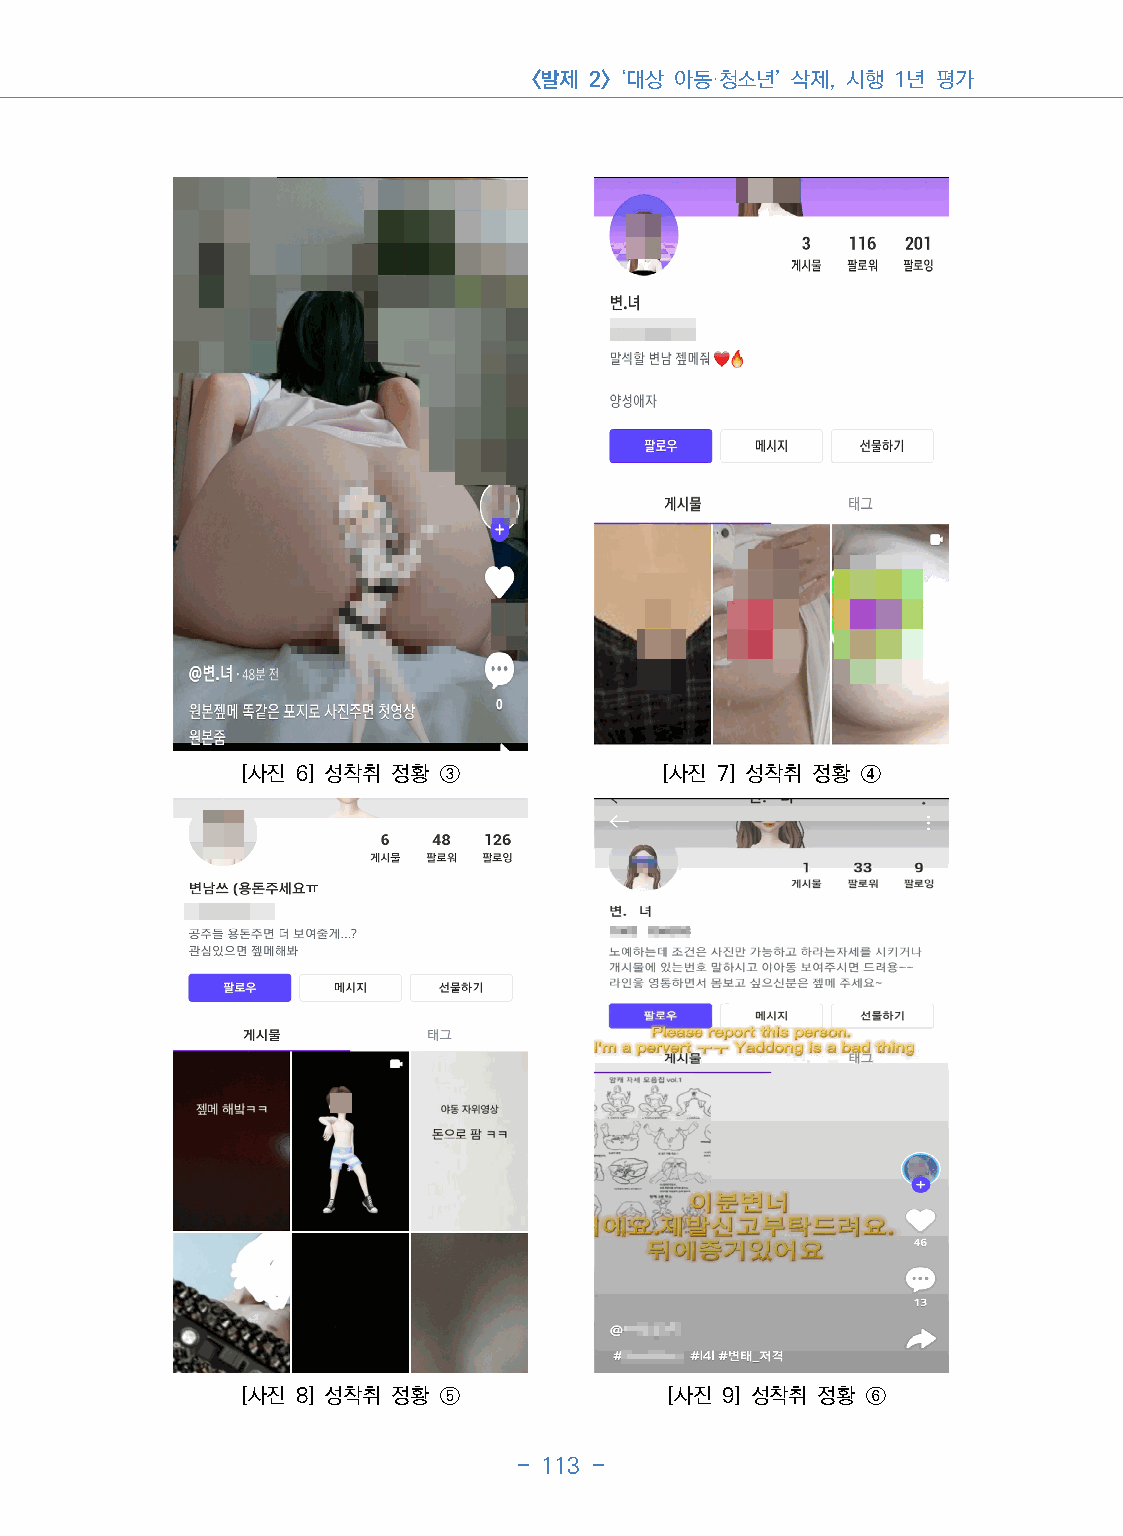
<발제 2> ‘대상 아동·청소년’ 삭제, 시행 1년 평가
 [사진 6] 성착취 정황 ③             [사진 7] 성착취 정황 ④
 [사진 8] 성착취 정황 ⑤             [사진 9] 성착취 정황 ⑥
 - 113 -